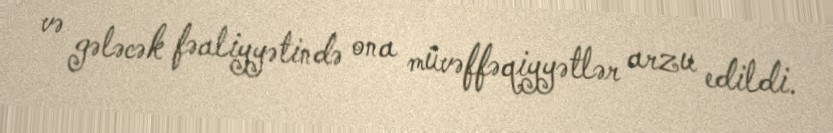
və gələcək fəaliyyətində ona müvəffəqiyyətlər arzu edildi.